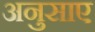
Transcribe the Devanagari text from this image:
अनुसाए